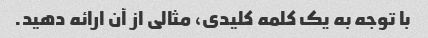
با توجه به یک کلمه کلیدی، مثالی از آن ارائه دهید.